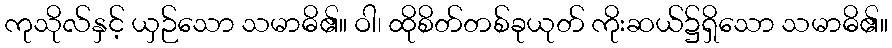
ကုသိုလ်နှင့် ယှဉ်သော သမာဓိ၏။ ဝါ၊ ထိုစိတ်တစ်ခုယုတ် ကိုးဆယ်၌ရှိသော သမာဓိ၏။